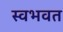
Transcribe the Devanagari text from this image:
स्वभवत